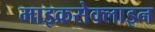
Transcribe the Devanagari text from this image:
माइक्रसेक्लाइन